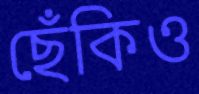
ছেঁকিও